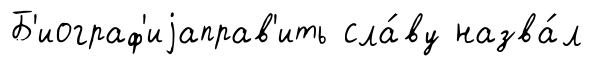
Б'иограф'иjаправ'ить сла́ву назва́л